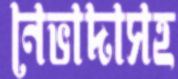
নেভাদাসহ